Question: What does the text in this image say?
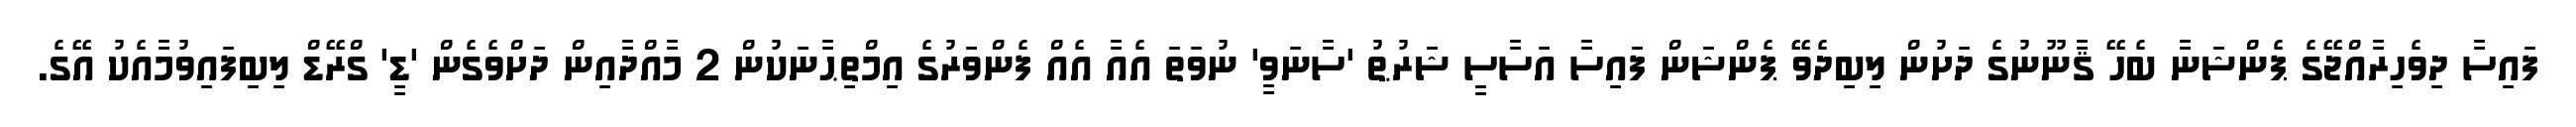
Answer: ފައިސާ ދިވެހިރާއްޖޭގެ ޕެންޝަނާ ބެހޭ ޤާނޫނުގެ ދަށުން ލިބިދެވޭ ޕެންޝަން ފައިސާ އަސާސީ ޝަރުޠު 'ސާނަވީ' ނުވަތަ އެއާ އެއް ފެންވަރުގެ އިމްތިޙާނަކުން 2 މާއްދާއިން ދަށްވެގެން 'ޑީ' ގްރޭޑް ލިބިފައިވުމާއެކު އޭގެ.